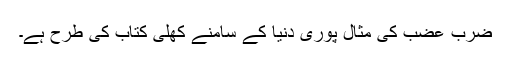
ضرب عضب کی مثال پوری دنیا کے سامنے کھلی کتاب کی طرح ہے۔